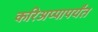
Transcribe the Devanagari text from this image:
करिअप्पापर्यंत